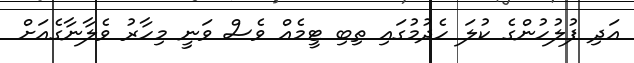
އަދި ފުލުހުންގެ ކުލަ ހެދުމުގައި ތިބި ޓީމެއް ވެސް ވަނީ މިހާރު ވެލާނާގެއަށް